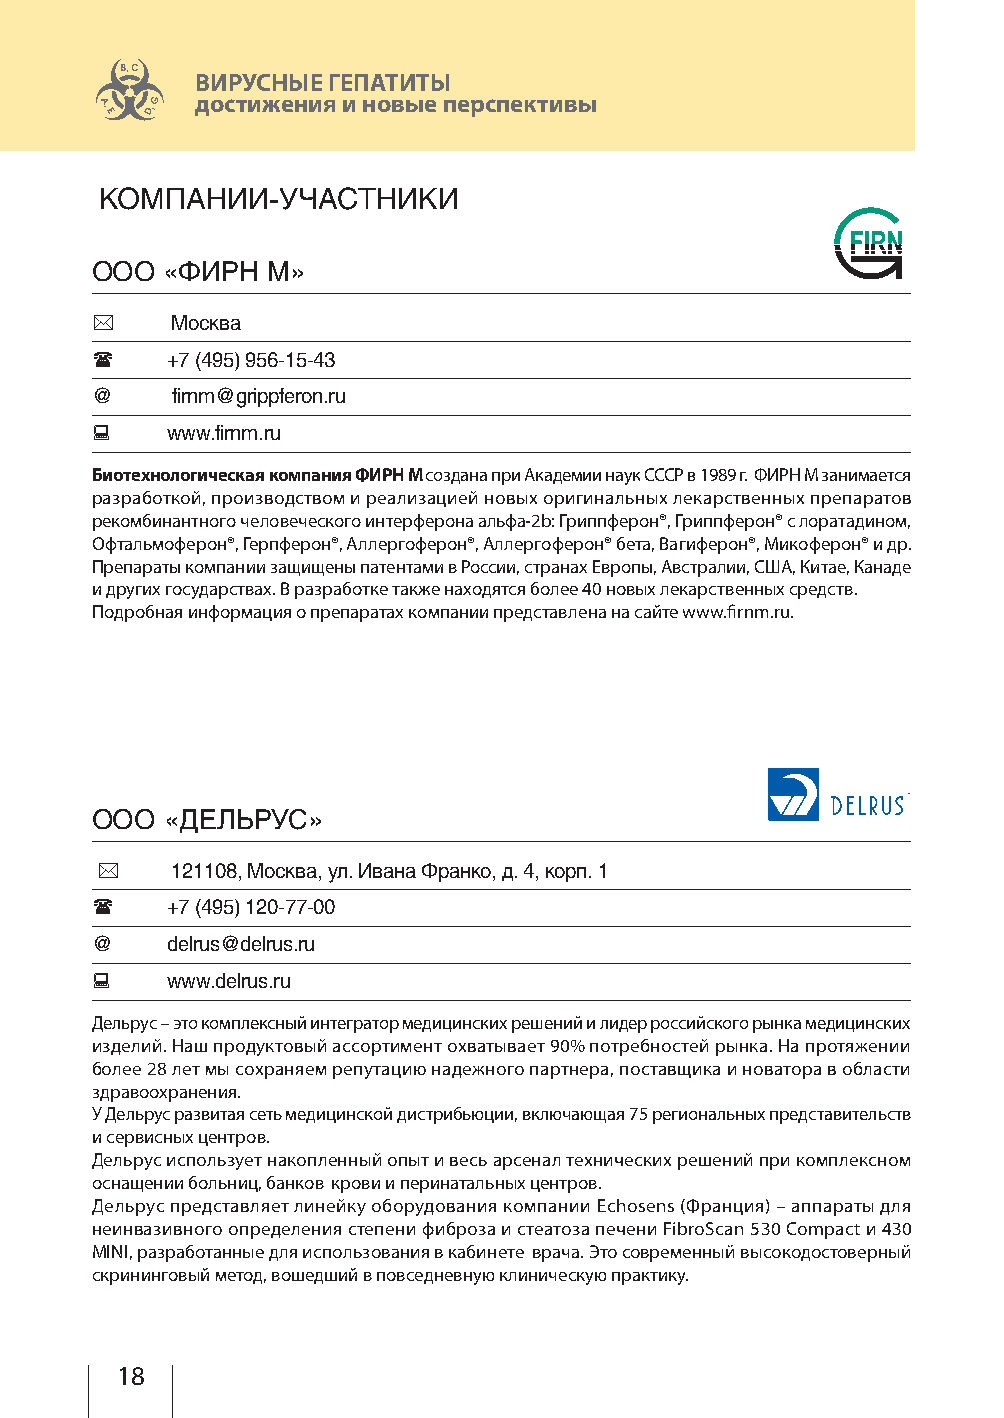
ВИРУСНЫЕ ГЕПАТИТЫ
 достижения и новые перспективы
 КОМПАНИИ-УЧАСТНИКИ
 ООО  «ФИРН  М»
     Москва
     +7 (495) 956-15-43
 @    firnm@grippferon.ru
     www.firnm.ru
 Биотехнологическая компания ФИРН М создана при Академии наук СССР в 1989 г. ФИРН М занимается
 разработкой, производством и реализацией новых оригинальных лекарственных препаратов
 рекомбинантного человеческого интерферона альфа-2b: Гриппферон®, Гриппферон® с лоратадином,
 Офтальмоферон®, Герпферон®, Аллергоферон®, Аллергоферон® бета, Вагиферон®, Микоферон® и др.
 Препараты компании защищены патентами в России, странах Европы, Австралии, США, Китае, Канаде
 и других государствах. В разработке также находятся более 40 новых лекарственных средств.
 Подробная информация о препаратах компании представлена на сайте www.firnm.ru.
 ООО  «ДЕЛЬРУС»
     121108, Москва, ул. Ивана Франко, д. 4, корп. 1
     +7 (495) 120-77-00
 @    delrus@delrus.ru
     www.delrus.ru
 Дельрус – это комплексный интегратор медицинских решений и лидер российского рынка медицинских
 изделий. Наш продуктовый ассортимент охватывает 90% потребностей рынка. На протяжении
 более 28 лет мы сохраняем репутацию надежного партнера, поставщика и новатора в области
 здравоохранения.
 У Дельрус развитая сеть медицинской дистрибьюции, включающая 75 региональных представительств
 и сервисных центров.
 Дельрус использует накопленный опыт и весь арсенал технических решений при комплексном
 оснащении больниц, банков крови и перинатальных центров.
 Дельрус представляет линейку оборудования компании Echosens (Франция) – аппараты для
 неинвазивного определения степени фиброза и стеатоза печени FibroScan 530 Compact и 430
 MINI, разработанные для использования в кабинете врача. Это современный высокодостоверный
 скрининговый метод, вошедший в повседневную клиническую практику.
 18